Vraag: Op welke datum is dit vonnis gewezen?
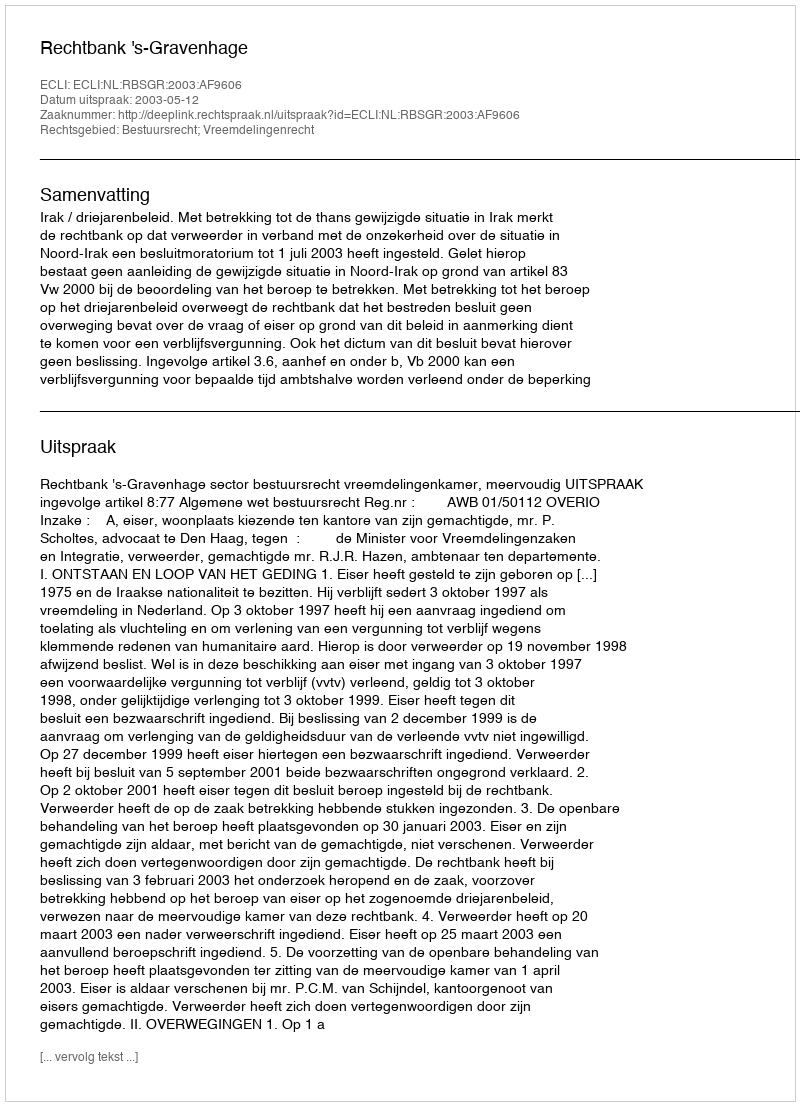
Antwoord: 2003-05-12